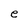
Character: e